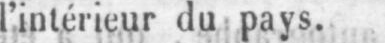
l’intérieur du pays.